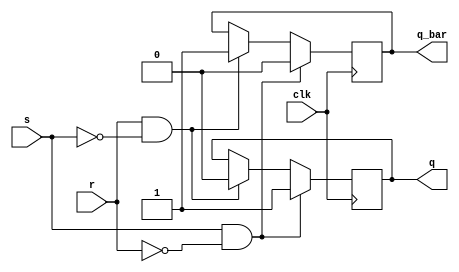
module gated_sr_ff (
    input wire clk,
    input wire s,
    input wire r,
    output reg q,
    output reg q_bar
);

always @(posedge clk) begin
    if (s & ~r) begin
        q <= 1;
        q_bar <= 0;
    end else if (r & ~s) begin
        q <= 0;
        q_bar <= 1;
    end
end

endmodule